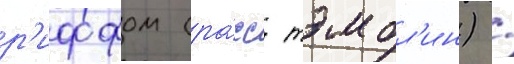
р'иффом (ра́сс тэмбл'ин) /